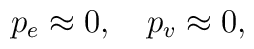
p_{e}\approx 0,\quad p_{v}\approx 0,